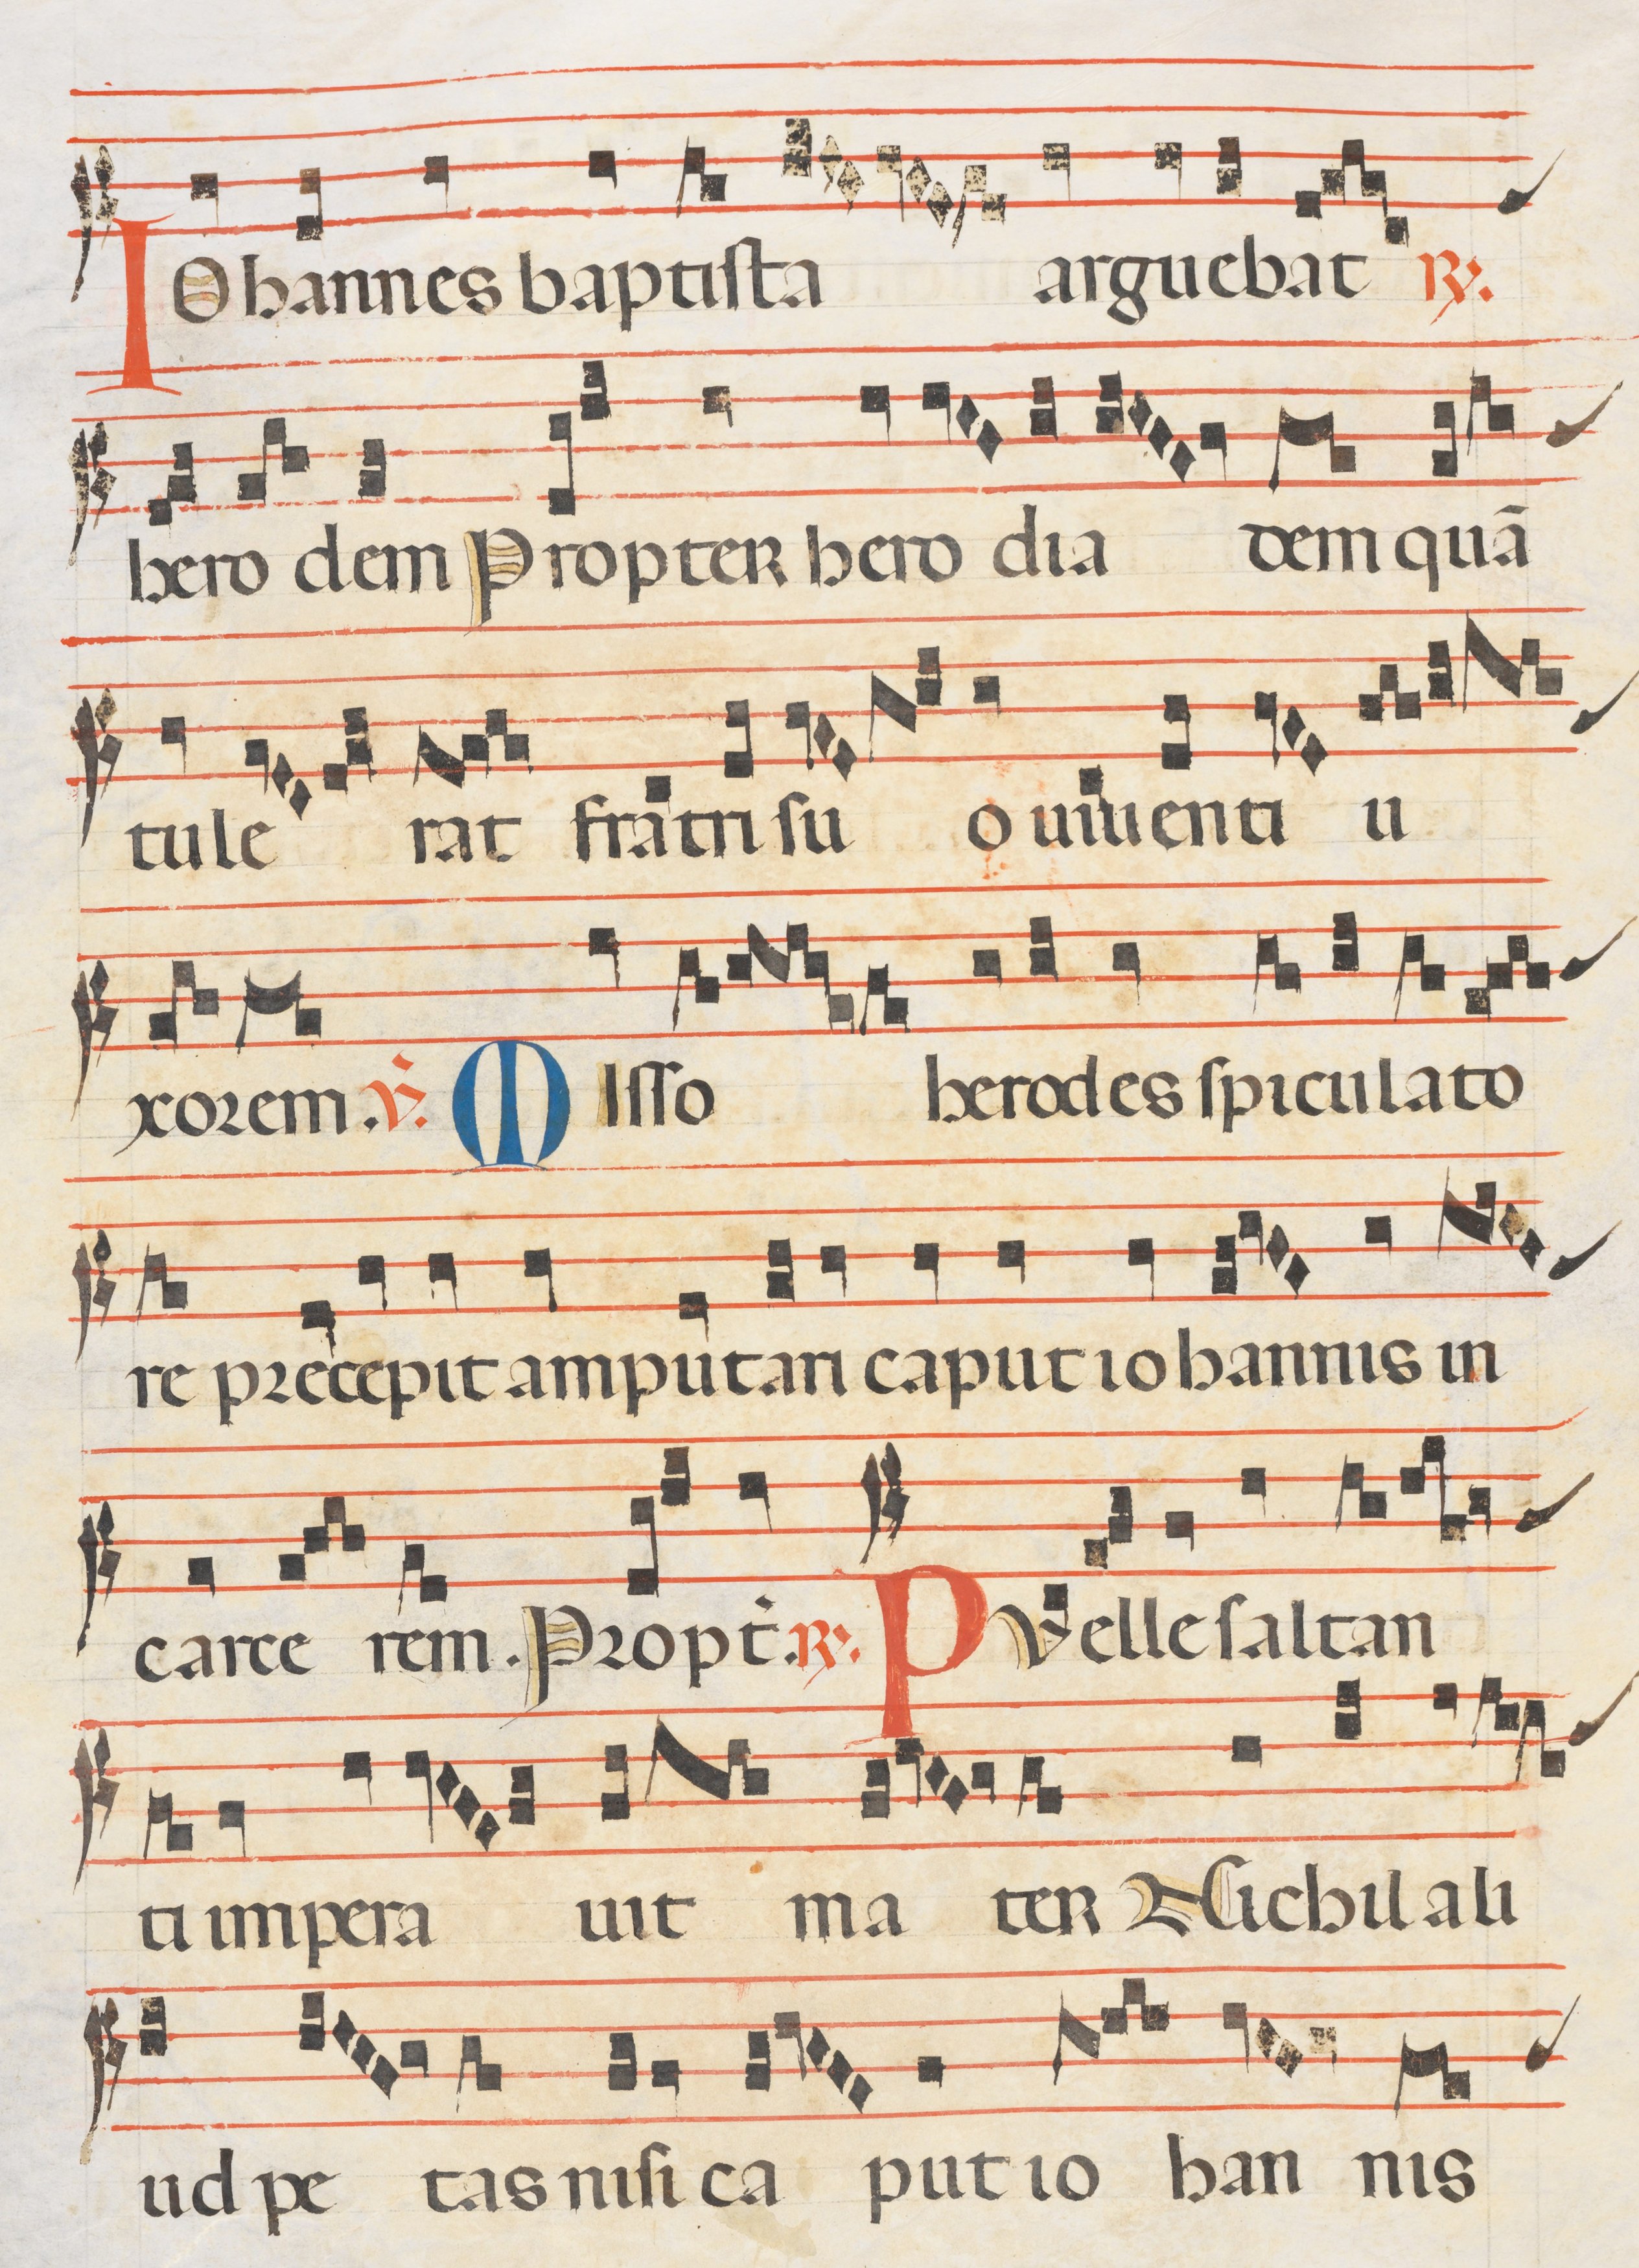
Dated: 1300–1330